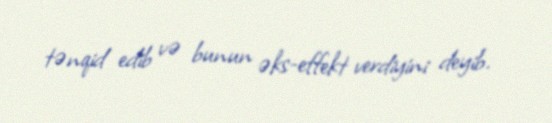
tənqid edib və bunun əks-effekt verdiyini deyib.